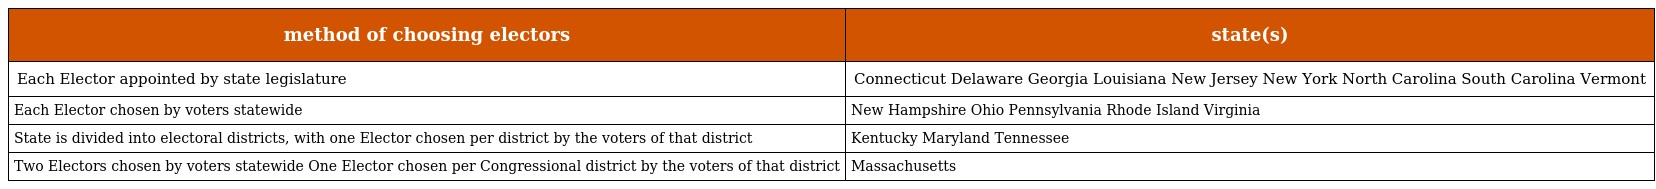
| method of choosing electors | state(s) |
 | --- | --- |
 | Each Elector appointed by state legislature | Connecticut Delaware Georgia Louisiana New Jersey New York North Carolina South Carolina Vermont |
 | Each Elector chosen by voters statewide | New Hampshire Ohio Pennsylvania Rhode Island Virginia |
 | State is divided into electoral districts, with one Elector chosen per district by the voters of that district | Kentucky Maryland Tennessee |
 | Two Electors chosen by voters statewide One Elector chosen per Congressional district by the voters of that district | Massachusetts |